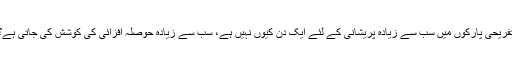
تفریحی پارکوں میں سب سے زیادہ پریشانی کے لئے ایک دن کیوں نہیں ہے، سب سے زیادہ حوصلہ افزائی کی کوشش کی جاتی ہے؟